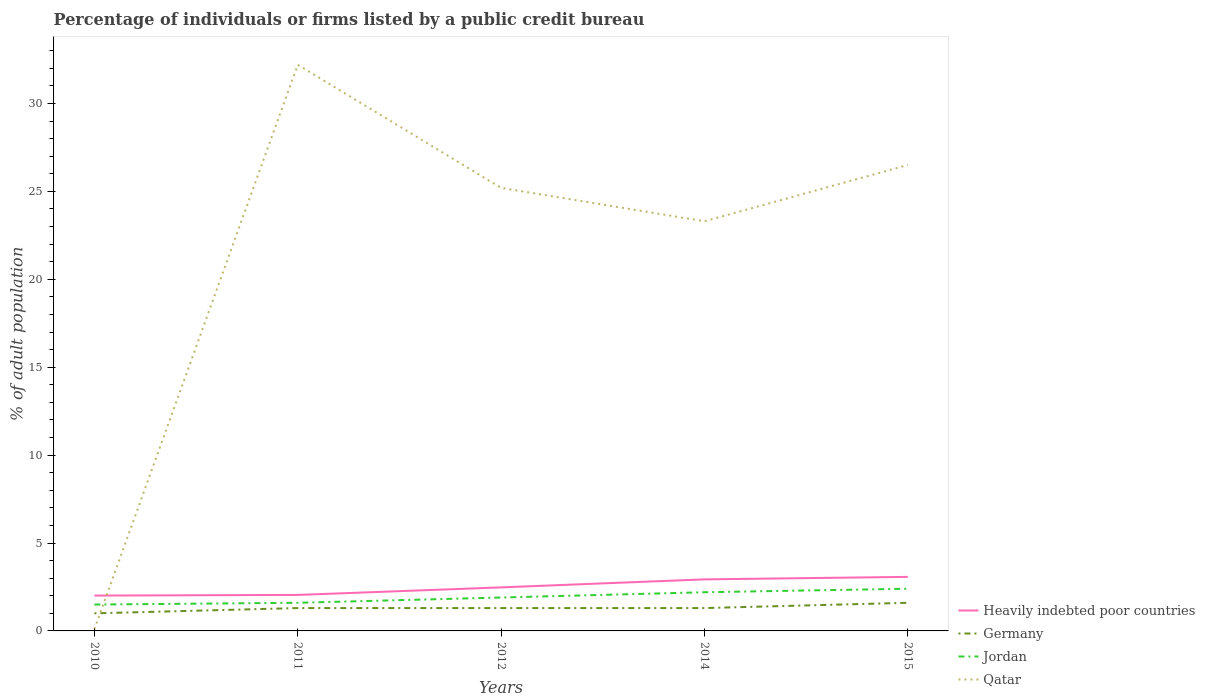
| Years | Heavily indebted poor countries | Germany | Jordan | Qatar |
 | --- | --- | --- | --- | --- |
 | 2010 | 2.01 | 1 | 1.5 | 0.1 |
 | 2011 | 2.05 | 1.3 | 1.6 | 32.2 |
 | 2012 | 2.48 | 1.3 | 1.9 | 25.2 |
 | 2014 | 2.93 | 1.3 | 2.2 | 23.3 |
 | 2015 | 3.07 | 1.6 | 2.4 | 26.5 |